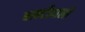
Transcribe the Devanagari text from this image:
बाल्टीवाली